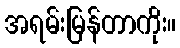
အရမ်းမြန်တာကိုး။